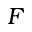
F